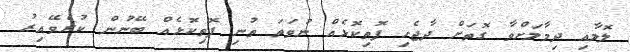
ލޮލާއި ދިމާލަށްވާ ގޮތަށް ދާޖެހި ފޮތިކޮޅެއް ނުވަތަ ތުނި ފޮތިކޮޅެއް ބޭނުން ކުރެވޭއިރު